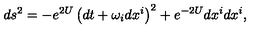
d s ^ { 2 } = - e ^ { 2 U } \left( d t + \omega _ { i } d x ^ { i } \right) ^ { 2 } + e ^ { - 2 U } d x ^ { i } d x ^ { i } ,